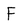
Character: F